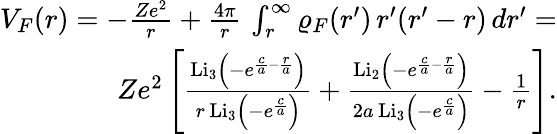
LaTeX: \begin{array}{r}{V_{F}(r)=-\frac{Ze^{2}}{r}+\frac{4\pi}{r}\, \int_{r}^{\infty}\varrho_{F}(r^{\prime})\, r^{\prime}(r^{\prime}-r)\, dr^{\prime}=}\\ {Ze^{2}\left[\frac{\mathrm{Li}_{3}\left(-e^{\frac{c}{a}-\frac{r}{a}}\right)}{r\, \mathrm{Li}_{3}\left(-e^{\frac{c}{a}}\right)}+\frac{\mathrm{Li}_{2}\left(-e^{\frac{c}{a}-\frac{r}{a}}\right)}{2a\, \mathrm{Li}_{3}\left(-e^{\frac{c}{a}}\right)}-\frac{1}{r}\right].}\end{array}